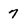
Character: 7